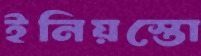
ইনিয়স্তো